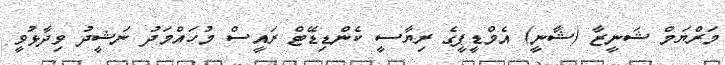
މަރްޔަމް ޝަނީޒާ (ޝާނީ) އެމްޑީޕީގެ ރިޔާސީ ކެންޑިޑޭޓް ރައީސް މުހައްމަދު ނަޝީދު ވިދާޅުވީ